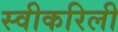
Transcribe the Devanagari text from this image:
स्वीकरिली